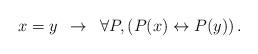
LaTeX: \begin{align*} x = y \enspace \to \enspace \forall P, \left(P(x) \leftrightarrow P(y)\right) . \end{align*}